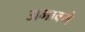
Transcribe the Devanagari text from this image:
अभावमे